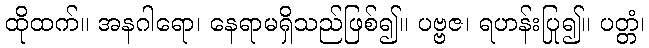
ထိုထက်။ အနဂါရော၊ နေရာမရှိသည်ဖြစ်၍။ ပဗ္ဗဇ၊ ရဟန်းပြု၍။ ပတ္တံ၊